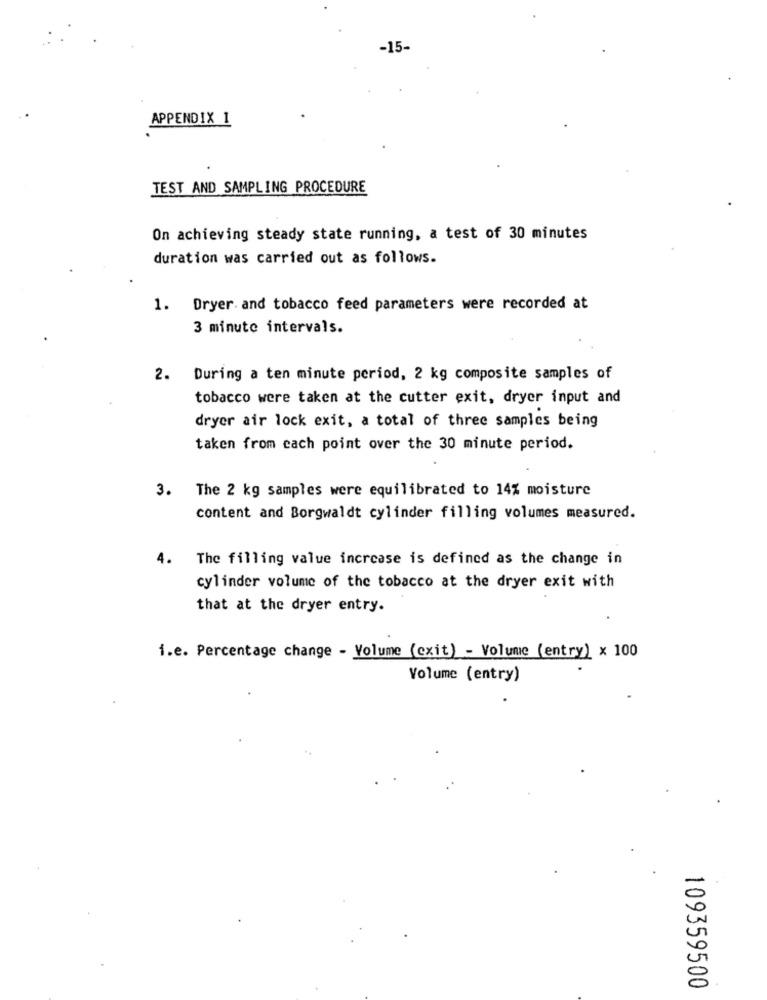
-15-
APPENDIX 1
TEST AND SAMPLING PROCEDURE
On achieving steady state running, a test of 30 minutes
duration was carried out as follows.
1. Dryer. and tobacco feed parameters were recorded at
3 minute intervals.
2. During a ten minute period, 2 kg composite samples of
tobacco were taken at the cutter exit, dryer input and
dryer air lock exit, a total of three samples being
taken from cach point over the 30 minute period.
3.
The 2 kg samples were equilibrated to 14% moisture
content and Borgwaldt cylinder filling volumes measured.
4.
The filling value increase is defined as the change in
cylinder volume of the tobacco at the dryer exit with
that at the dryer entry.
i.e. Percentage change - Volume (exit) - Volume (entry) x 100
Volume (entry)
109359500